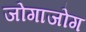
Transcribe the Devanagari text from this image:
जोगाजोग